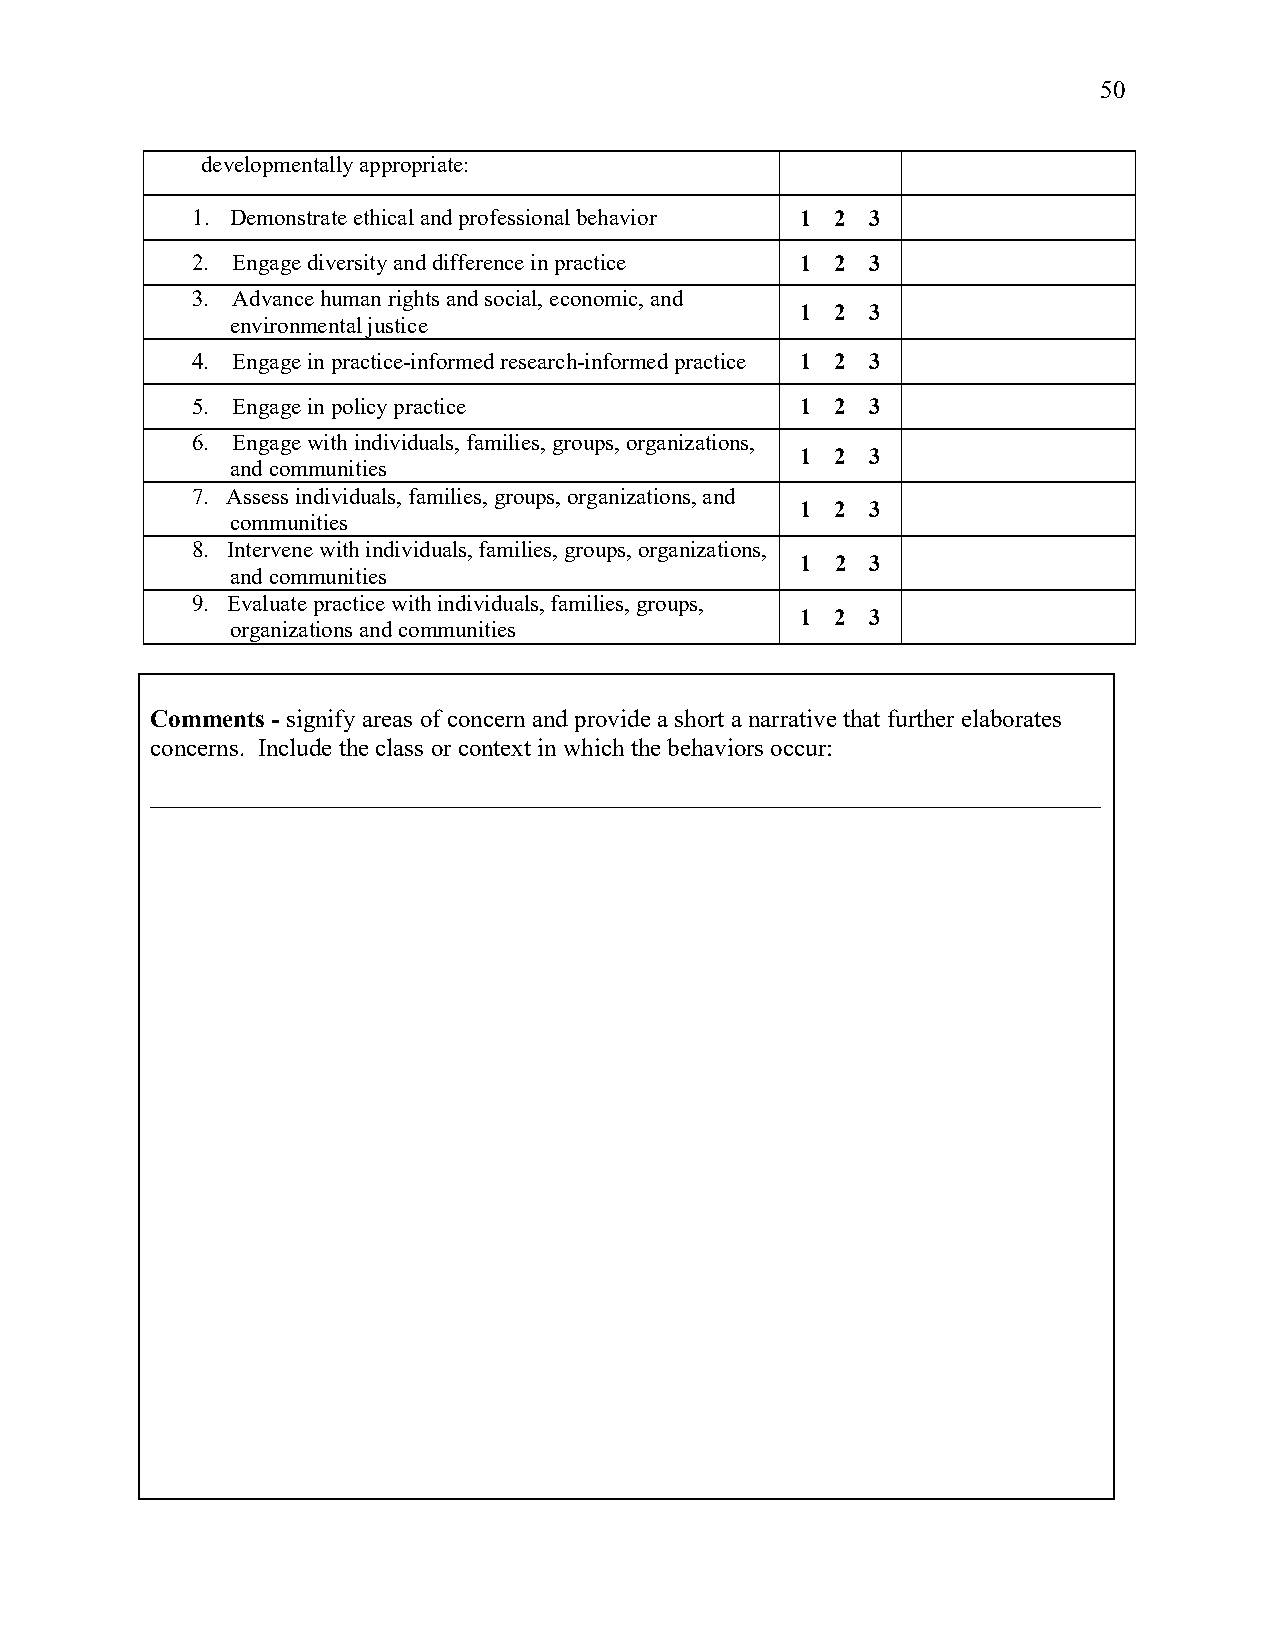
50
 developmentally appropriate:
 1. Demonstrate ethical and professional behavior 1 2 3
 2. Engage diversity and difference in practice 1 2 3
 3. Advance human rights and social, economic, and
 1 2  3
 environmental justice
 4. Engage in practice-informed research-informed practice 1 2 3
 5. Engage in policy practice            1 2  3
 6. Engage with individuals, families, groups, organizations,
 1 2  3
 and communities
 7. Assess individuals, families, groups, organizations, and
 1 2  3
 communities
 8. Intervene with individuals, families, groups, organizations,
 1 2  3
 and communities
 9. Evaluate practice with individuals, families, groups,
 1 2  3
 organizations and communities
 Comments - signify areas of concern and provide a short a narrative that further elaborates
 concerns. Include the class or context in which the behaviors occur:
 ____________________________________________________________________________